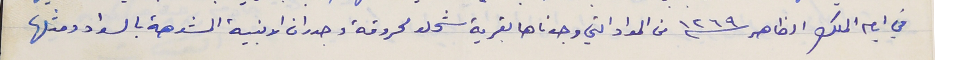
في ايام الملك الظاهر سنة ١٢٦٩ من المواد التي وجدناها بقرية شحلو محروقة وجدران الابنية المشوهة بالسواد ومثلها